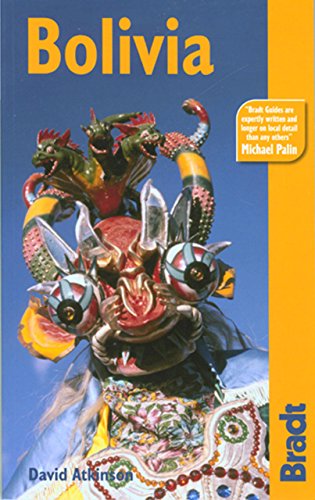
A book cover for Bolivia: The Bradt Travel Guide; David Atkinson; Travel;